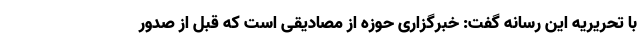
با تحریریه این رسانه گفت: خبرگزاری حوزه از مصادیقی است که قبل از صدور